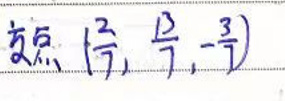
点\((\frac{1}{2},\frac{5}{3},-\frac{3}{2})\)